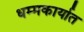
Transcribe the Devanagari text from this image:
धम्मकार्यात